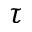
\tau